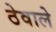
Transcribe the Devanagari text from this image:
ठेवाले